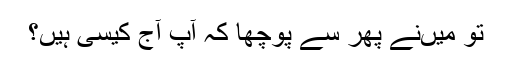
تو میں‌نے پھر سے پوچھا کہ آپ آج کیسی ہیں؟